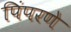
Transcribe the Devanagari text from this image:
पिंपरणे